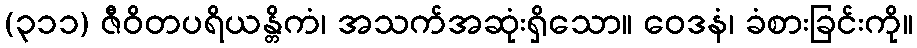
(၃၁၁) ဇီဝိတပရိယန္တိကံ၊ အသက်အဆုံးရှိသော။ ဝေဒနံ၊ ခံစားခြင်းကို။